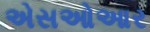
એસઓઆર